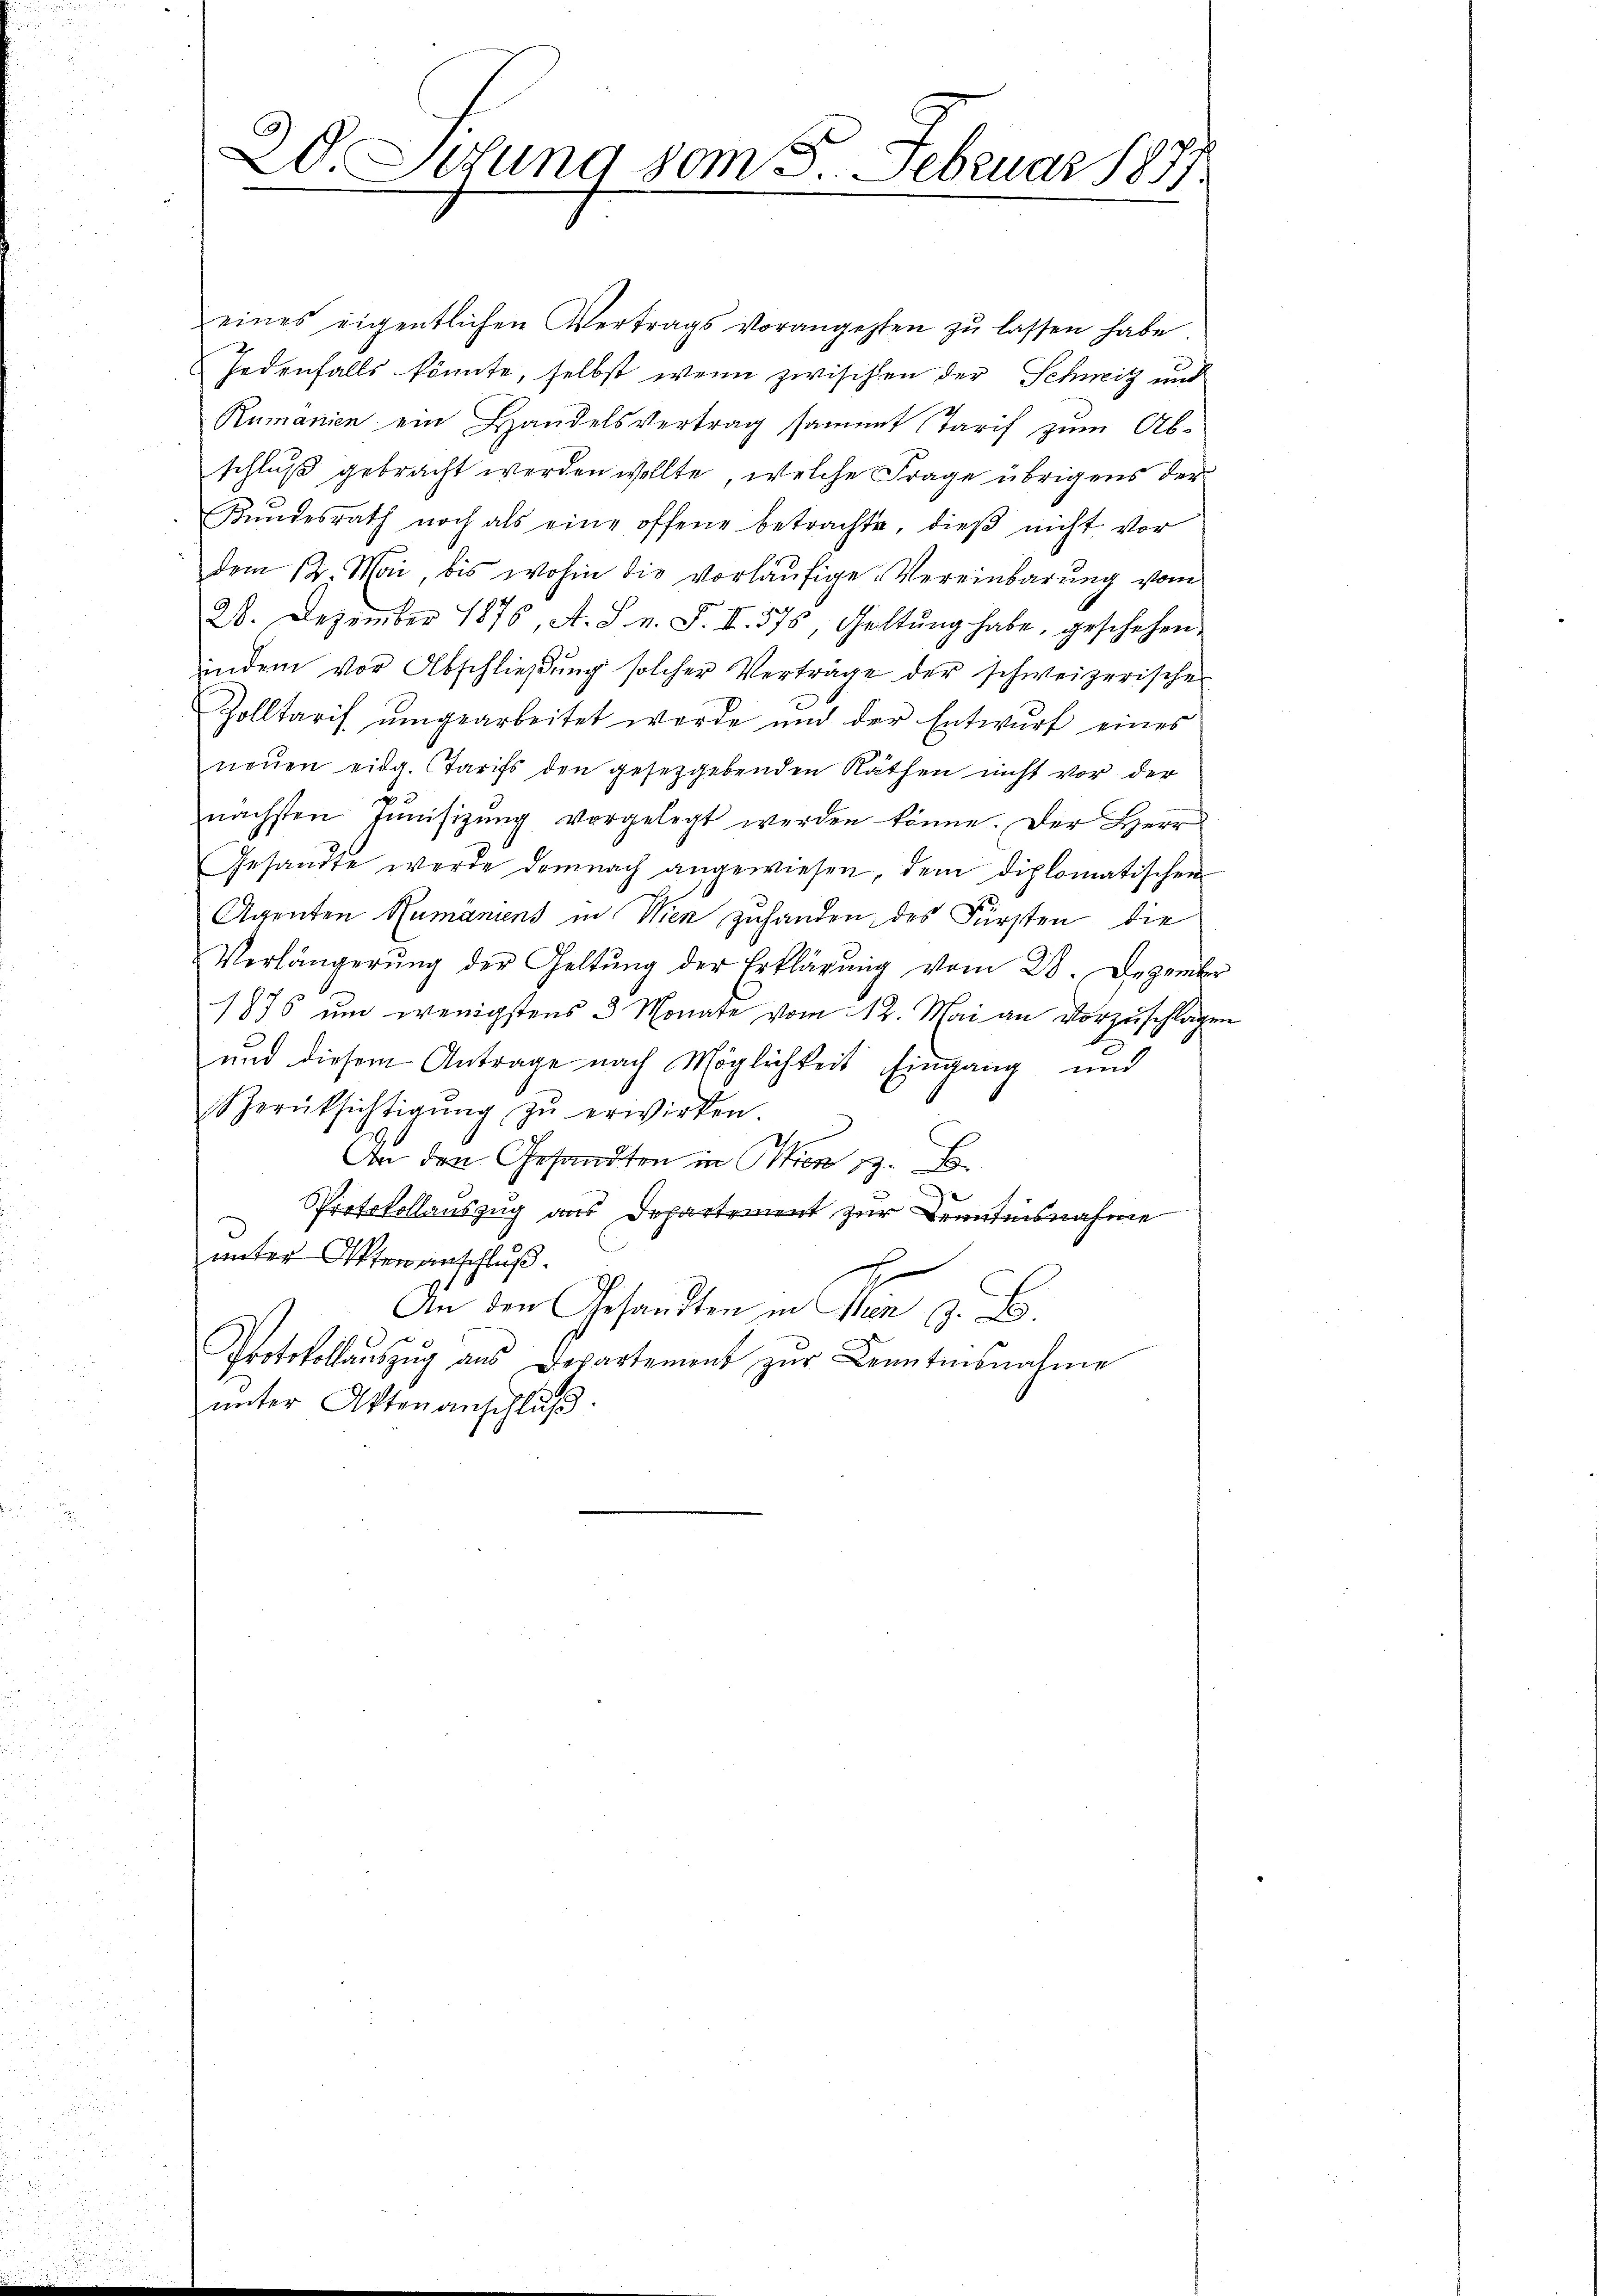
20. Setung vom 5. Februar 1877

eines eigentlichen Vertrags vorangehten zŭ lassen habe.
Jedenfalls könnte, selbst wenn zwischen der Schweiz und
Rumanien ein Handelsvertrag sammt Tarif zum Ab-
schluß gebracht werden wollte, welche Frage übrigens der
Kŭndesrath noch als eine offene betrachte, dieβ nicht vor
dem 12. Mai, bis wohin die vorläufige Vereinbarung vom
28. Dezember 1876, A. S. n. F. II. 375, Geltung habe, geschehen,
indem vor Abschlieβŭng solcher Verträge der schweizerischer
Zolltarif ŭmgearbeitet werde und der Entwurf eines
neŭen eidg. Starifs den gesetzgebenden Räthen nicht vor der
nächsten Junisizung vorgelegt werden könne. Der Herr
Gesandte werde demnach angewiesen, dem diplomatischen
Agenten Rumaniens in Wien zuhanden, des Fürsten die
Verlängerŭng der Geltung der Erklärung vom 28. Dezember
1876 um wenigstens 3 Monate vom 12. Mai an Vorzuschlagen
und diesem Antrage nach Möglichkeit Eingang und
erücksichtigŭng zŭ erwirken
An den Gesandten in Wien 1. E
Protokollauszug aus Departement zur Kenntnisnahme
unter Ostenanschluß.
h
¬
An den Gesandten in Wien z. B.
Protokollaŭszŭg ans Departement zŭr Kenntnisnahme
ŭnter Aktenanschluß.